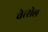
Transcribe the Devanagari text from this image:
वेत्सेल